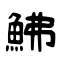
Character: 鮄